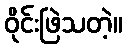
ဝိုင်းဖြဲသတဲ့။